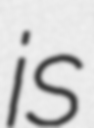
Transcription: is